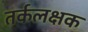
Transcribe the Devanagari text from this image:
तर्कलक्षक